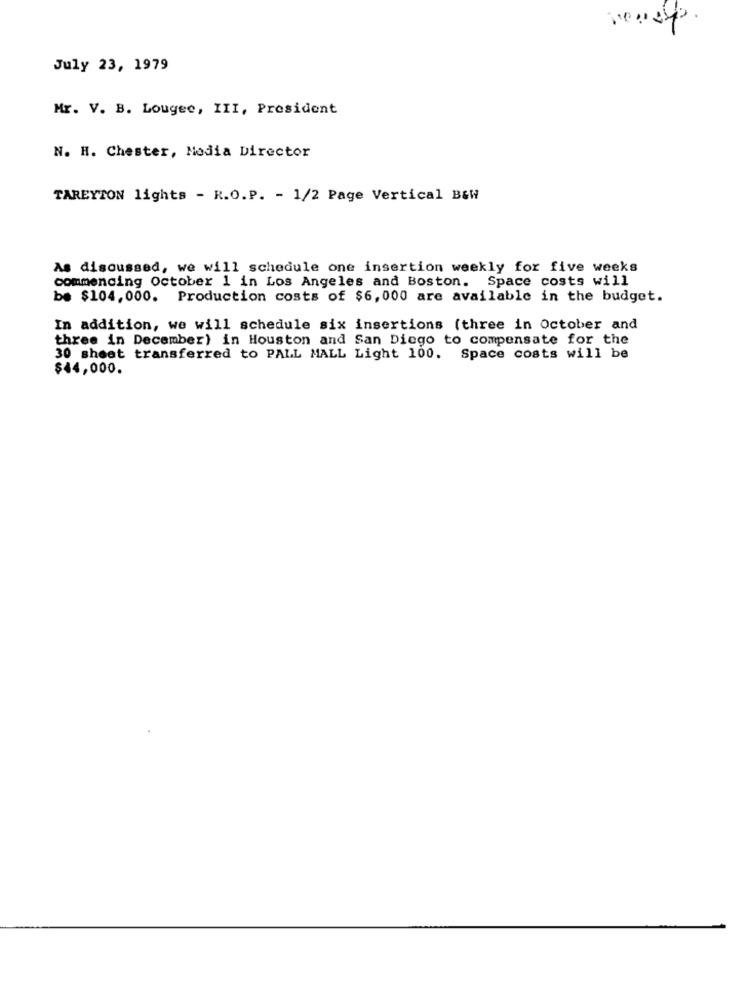
July 23, 1979
Mr. V. B. Lougee, III, President
N. H. Chester, Media Director
TAREYTON lights - R.O.P. - 1/2 Page Vertical B&W
As discussed, we will schedule one insertion weekly for five weeks
commencing October 1 in Los Angeles and Boston. Space costs will
be $104,000. Production costs of $6, 000 are available in the budget.
In addition, we will schedule six insertions (three in October and
three in December) in Houston and San Diego to compensate for the
30 sheet transferred to PALL MALL Light 100. Space costs will be
$44,000.